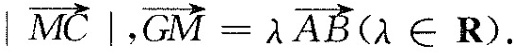
\overrightarrow{MC}|$$，$$\overrightarrow{GM}= \lambda \overrightarrow{AB}( \lambda \in R)$$.